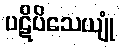
ပဋိပိသေယျုံ